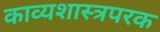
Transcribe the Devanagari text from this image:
काव्यशास्त्रपरक